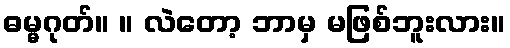
ဓမ္မဂုတ်။ ။ လဲတော့ ဘာမှ မဖြစ်ဘူးလား။